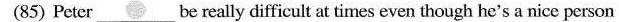
(85) Peter___be really difficult at times even though he's a nice person